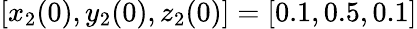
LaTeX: [x_{2}(0),y_{2}(0),z_{2}(0)]=[0.1,0.5,0.1]